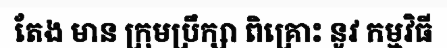
តែង មាន ក្រុមប្រឹក្សា ពិគ្រោះ នូវ កម្មវិធី